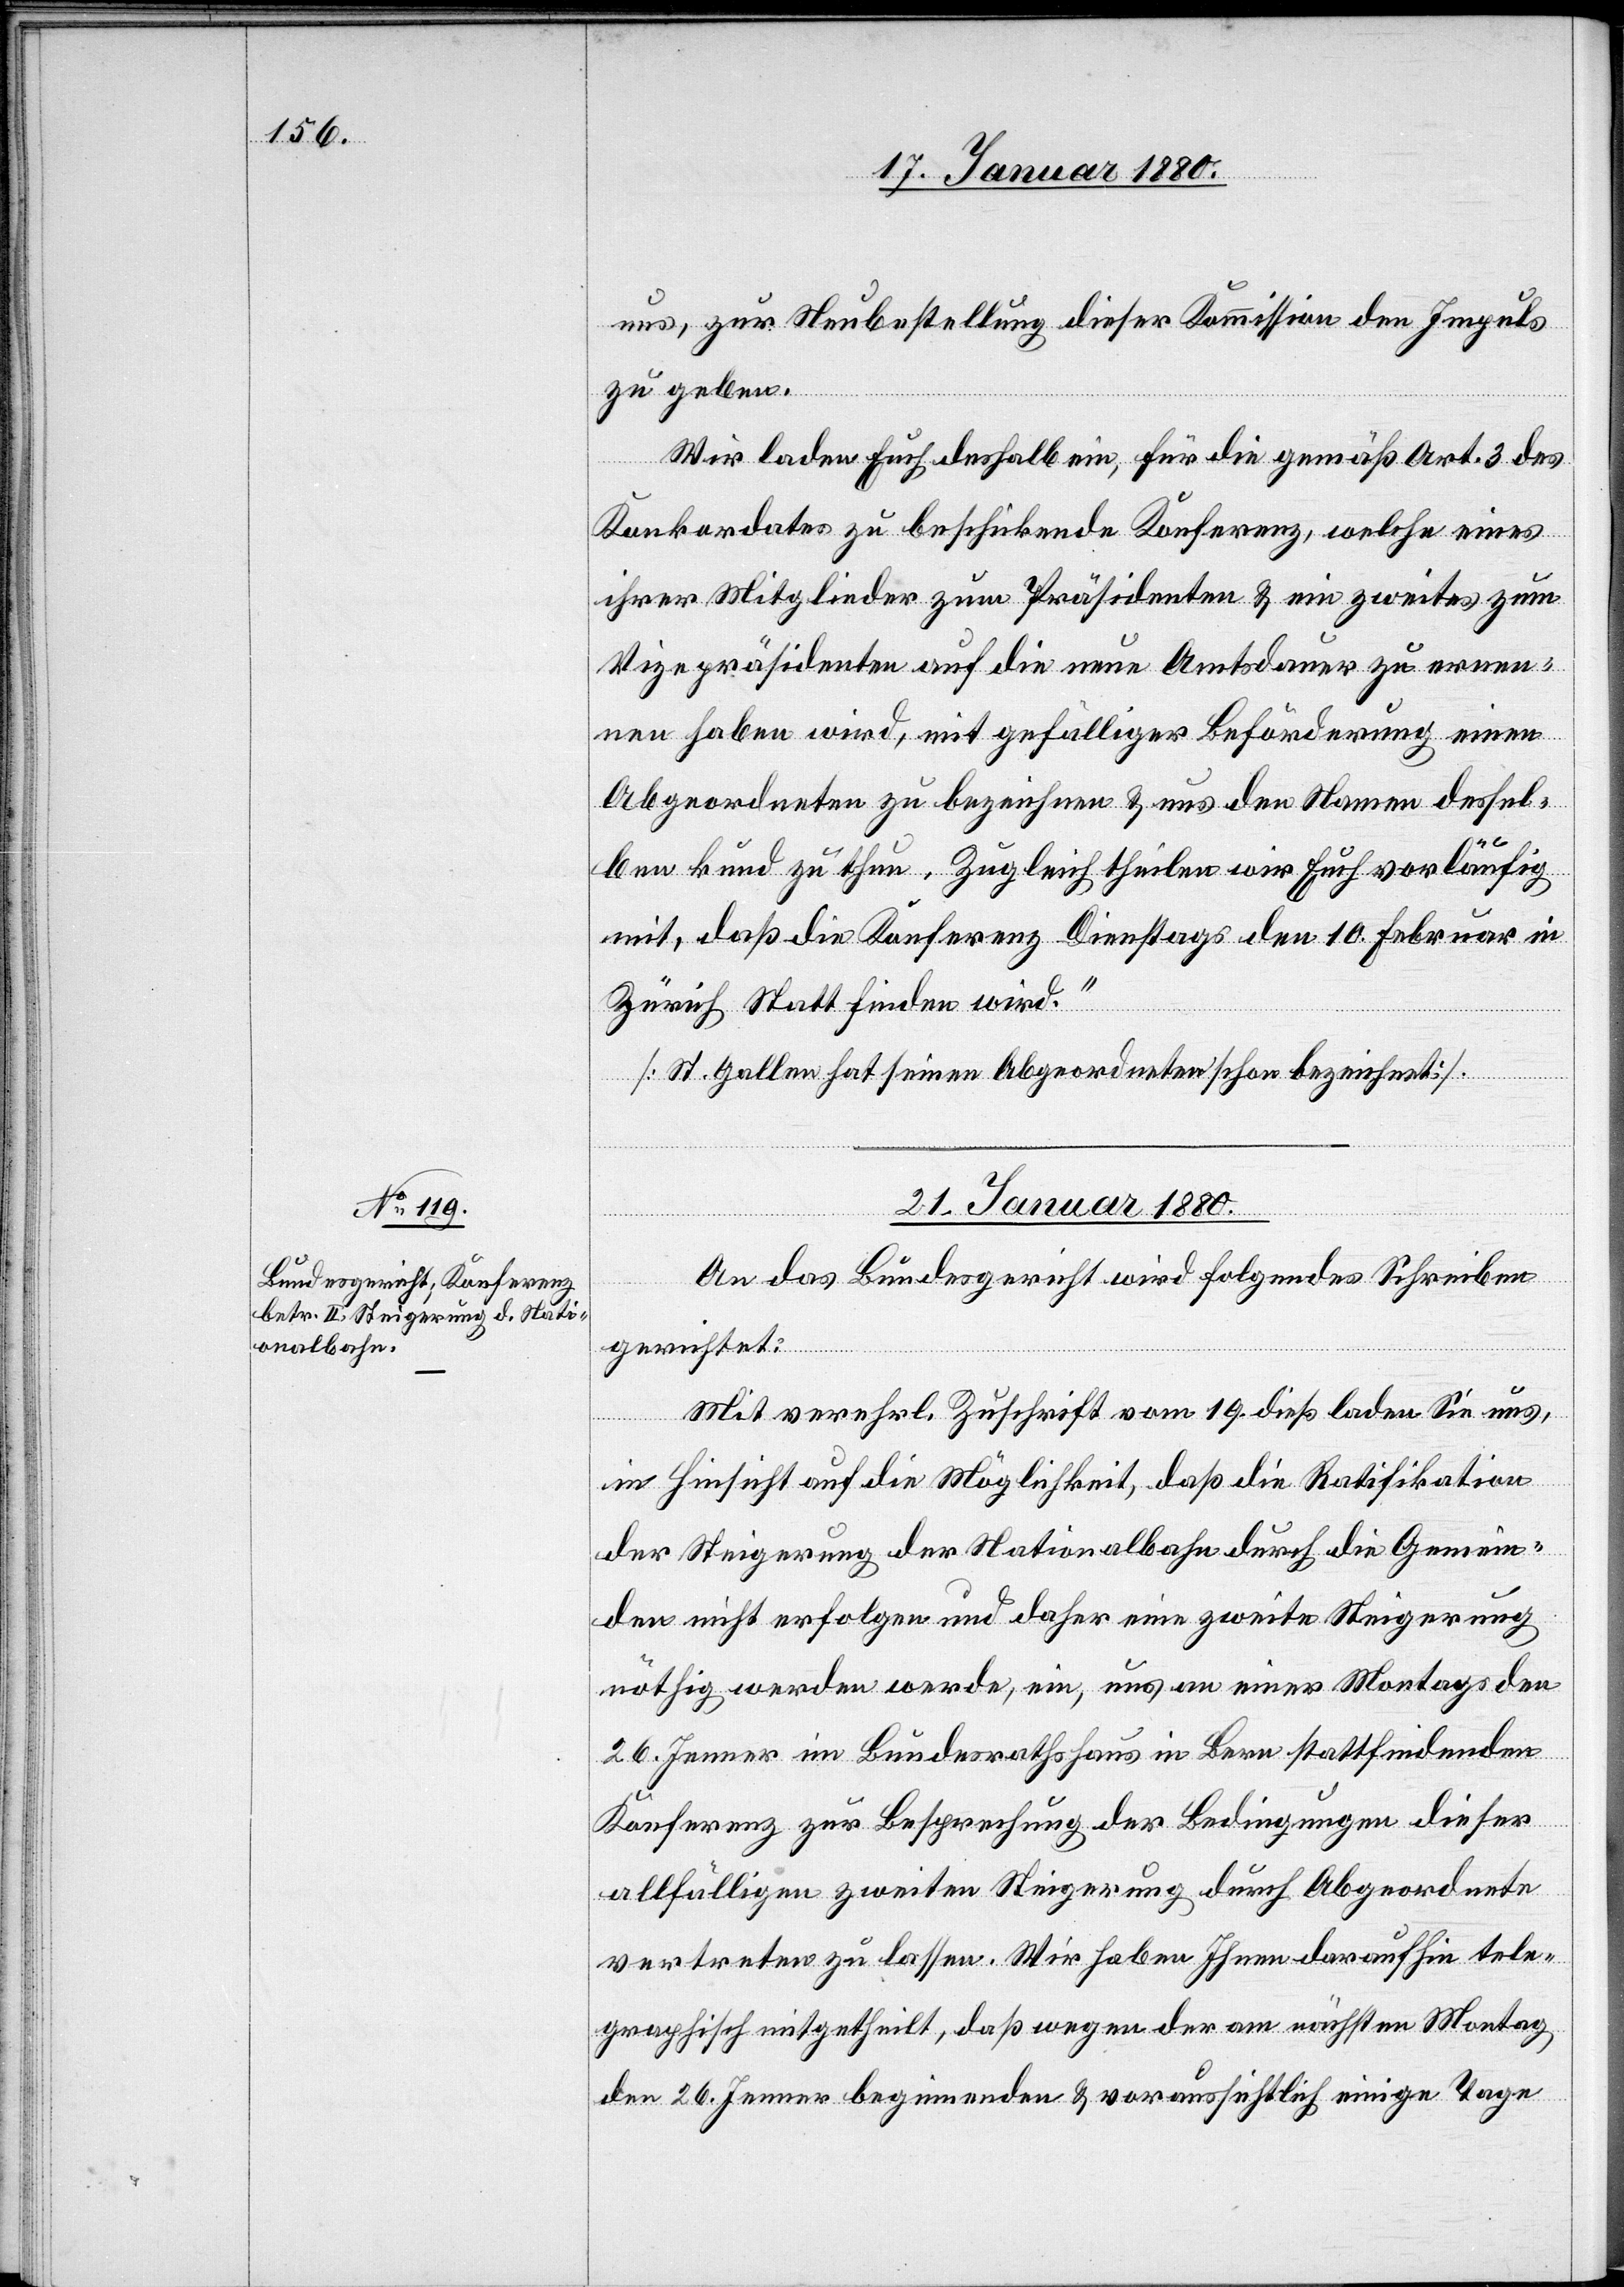
uns, zur Neubestellung dieser Kommission den Impuls
zu geben.
Wir laden Euch deshalb ein, für die gemäß Art. 3 des
Konkordates zu beschickende Konferenz, welche eines
ihrer Mitglieder zum Präsidenten & ein zweites zum
Vizepräsidenten auf die neue Amtsdauer zu ernen¬
nen haben wird, mit gefälliger Beförderung einen
Abgeordneten zu bezeichnen & uns den Namen dessel¬
ben kund zu thun. Zugleichtheilen wir Euch vorläufig
mit, daß die Konferenz Dienstags den 10. Februar in
Zürich Statt finden wird.“
[St. Gallen hat seinen Abgeordneten schon bezeichnet.]
21. Januar 1880.
An das Bundesgericht wird folgendes Schreiben
gerichtet:
Mit verehrl. Zuschrift vom 19. dieß laden Sie uns,
in Hinsicht auf die Möglichkeit, daß die Ratifikation
der Steigerung der Nationalbahn durch die Gemein¬
den nicht erfolgen und daher eine zweite Steigerung
allfälligen zweiten Steigerung durch Abgeordnete
vertreten zu lassen. Wir haben Ihnen daraufhin tele¬
graphisch mitgetheilt, daß wegen der am nächsten Montag,
den 26. Jenner beginnenden & voraussichtlich einige Tage